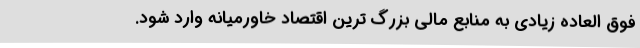
فوق العاده زیادی به منابع مالی بزرگ ترین اقتصاد خاورمیانه وارد شود.